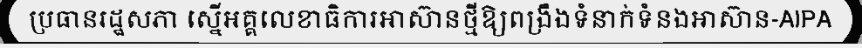
ប្រធានរដ្ឋសភា ស្នើអគ្គលេខាធិការអាស៊ានថ្មីឱ្យពង្រឹងទំនាក់ទំនងអាស៊ាន-AIPA